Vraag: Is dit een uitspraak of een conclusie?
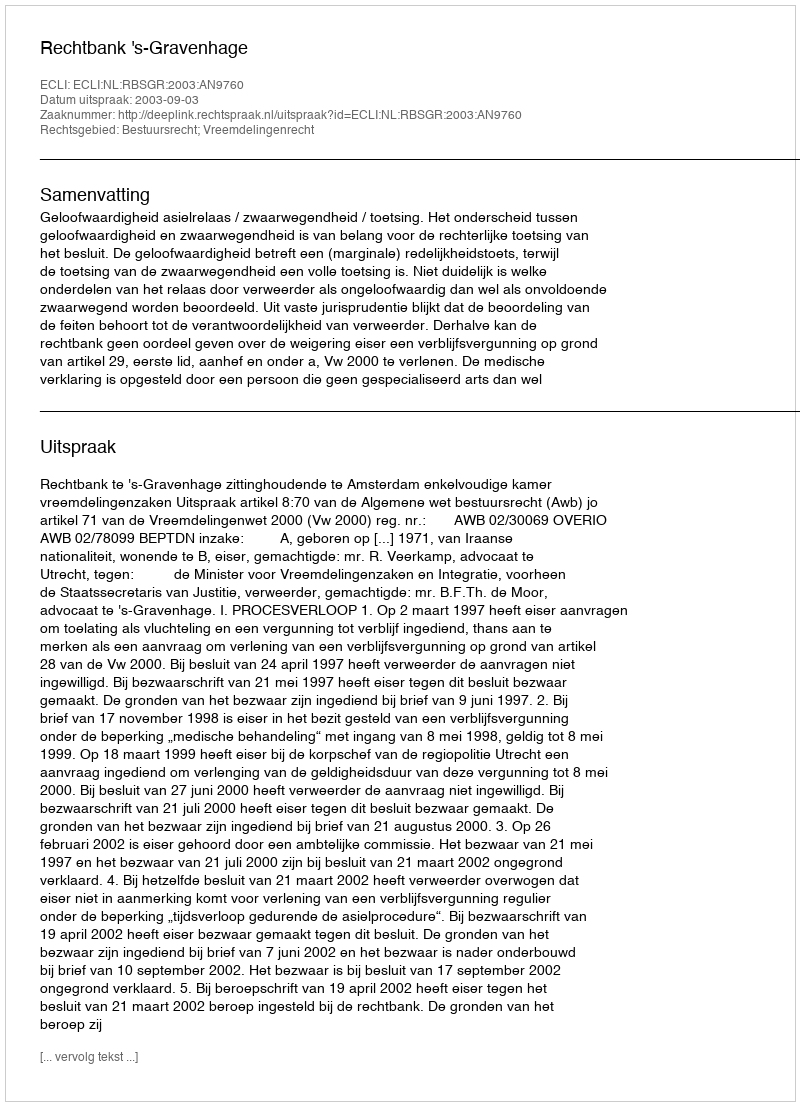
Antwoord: Uitspraak